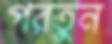
পরতুন